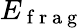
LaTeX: E_{\mathrm{~f~r~a~g~}}